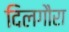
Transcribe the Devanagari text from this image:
दिलगौरा